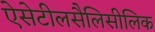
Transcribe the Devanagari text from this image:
ऐसेटीलसैलिसीलिक